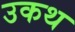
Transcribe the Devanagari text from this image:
उकथ